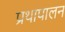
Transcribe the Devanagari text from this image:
प्रथापालन